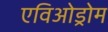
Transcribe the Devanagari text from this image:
एविओड्रोम